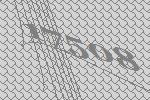
17508